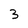
Character: 3